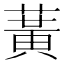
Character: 𫉉